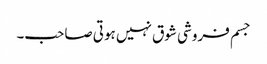
جسم فروشی شوق نہیں ہوتی صاحب۔